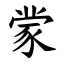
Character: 䝉